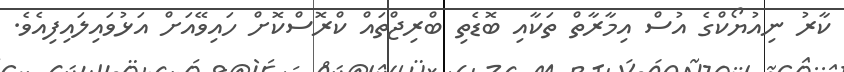
ކާރު ނިއުޔޯކްގެ އުސް އިމާރާތް ތަކާއި ބޮޑެތި ބްރިޖްތައް ކްރޮސްކޮށް ހައިވޭއަށް އަޅުވައިލައިފިއެވެ.